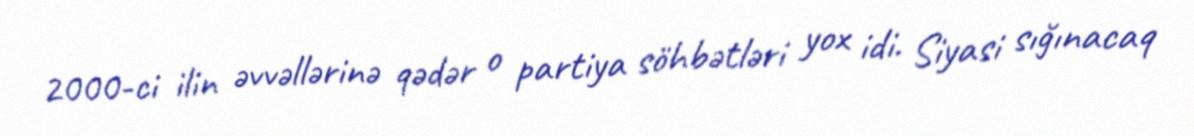
2000-ci ilin əvvəllərinə qədər o partiya söhbətləri yox idi. Siyasi sığınacaq